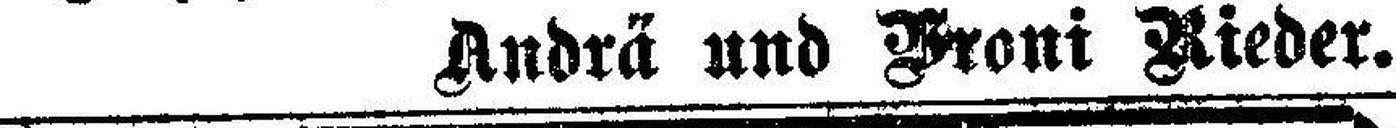
Andrä und Broni Rieder.